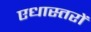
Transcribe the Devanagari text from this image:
एधास्तरों